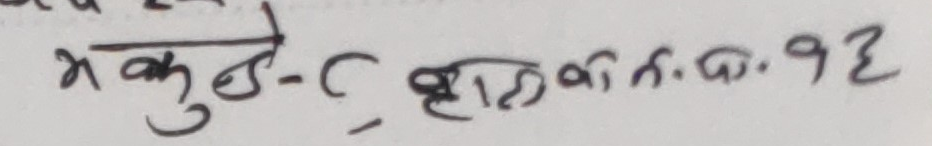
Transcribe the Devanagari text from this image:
भकुने-C हानि ग.क. ७६